Vaccination in the Punjab 1919-1929 - 1919-1929
Year: 1919
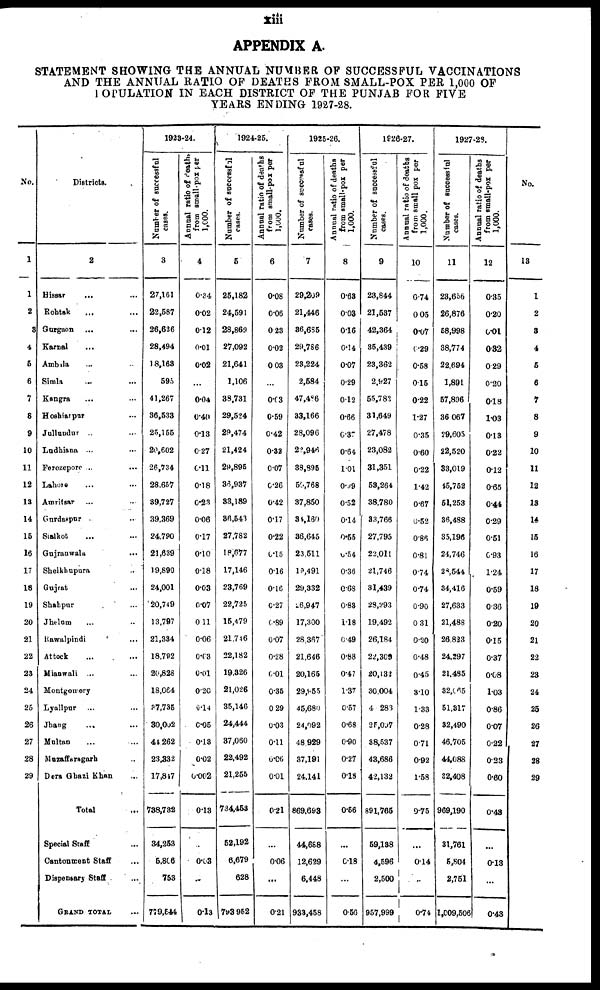
xiii
APPENDIX A.
STATEMENT SHOWING THE ANNUAL NUMBER OF SUCCESSFUL VACCINATIONS
AND THE ANNUAL RATIO OF DEATHS FROM SMALL-POX PER 1,000 OF
POPULATION IN EACH DISTRICT OF THE PUNJAB FOR FIVE
YEARS ENDING 1927-28.
No.
1
1
2
3
4
5
6
7
8
9
10
11
12
13
14
15
16
17
18
19
20
21
22
23
24
25
26
27
28
29
Districts.
2
Hissar
... ...
Rohtak ... ...
Gurgaon ... ...
Karnal ... ...
Ambala ... ...
Simla ... ...
Kangra ... ...
Hoshiarpur ...
Jullundur ... ...
Ludhiana ... ...
Ferozepore ... ...
Lahore
...
...
Amritsar ... ...
Gurdaspur ...
Sialkot ... ...
Gujranwala ...
Sheikhupura ...
Gujrat ...
Shahpur ...
Jhelum ... ...
Rawalpindi ...
Attock ... ...
Mianwali ... ...
Montgomery
Lyallpur ... ...
Jhang ... ...
Multan ... ...
Muzaffaragarh ...
Dera Ghazi Khan ...
Total ...
Special Staff ...
Cantonment Staff ...
Dispensary Staff ...
GRAND TOTAL ...
1923-24.
Number of successful
cases.
3
27,161
22,587
26,626
28,494
18,163
595
41,267
36,533
25,155
20,602
26,734
28,657
39,727
39,369
24,790
21,639
19,890
24,001
20,749
13,797
21,334
18,792
20,828
18,064
37,735
30,002
44,262
23,332
17,847
738,732
34,263
5,806
753
779,544
Annual ratio of deaths
from small-pox per
1,000.
4
0.34
0.02
0.12
0.01
0.02
...
0.04
0.40
0.13
0.27
0.11
0.18
0.23
0.06
0.17
0.10
0.18
0.03
0.07
0.11
0.06
0.03
0.01
0.20
0.14
0.05
0.13
0.02
0.002
0.13
...
0.03
...
0.13
1924-25.
Number of successful
cases.
5
25,182
24,591
28,869
27,092
21,641
1,106
38,731
29,524
29,474
21,424
29,895
36,937
33,189
36,543
27,782
18,677
17,146
23,769
22,725
15,479
21,746
22,182
19,326
21,026
35,146
24,444
37,060
22,492
21,255
734,453
52,192
6,679
628
793.952
Annual ratio of deaths
from small-pox per
1,000.
6
0.08
0.06
0.23
0.02
0.03
...
0.03
0.59
0.42
0.32
0.07
0.26
0.42
0.17
0.22
0.15
0.16
0.16
0.27
0.89
0.07
0.28
0.01
0.35
0.29
0.03
0.11
0.06
0.01
0.21
...
0.06
...
0.21
1925-26.
Number of successful
cases.
7
29,209
21,446
36,685
29,786
23,224
2,584
47,486
33,166
28,096
22,946
38,895
50,768
37,850
34,l60
36,645
23,511
19,491
29,332
26,947
17,300
28,367
21,646
20,165
29,955
45,680
24,092
48,929
37,191
24,141
869,693
44,688
12,629
6,448
933,458
Annual ratio of deaths
from small-pox per
1,000.
8
0.63
0.03
0.16
0.14
0.07
0.29
0.12
0.66
0.37
0.64
1.01
0.99
0.52
0.14
0.55
0.54
0.36
0.68
0.83
1.18
0.49
0.88
0.47
1.37
0.57
0.68
0.90
0.27
0.18
0.56
...
0.18
...
0.56
1926-27.
Number of successful
cases.
9
23,844
21,537
42,364
35,439
23,362
2,927
55,782
31,649
27,478
23,082
31,351
53,264
38,780
33,766
27,795
22,011
21,746
31,439
28,293
19,492
26,184
22,309
20,132
30,004
40,283
25,007
38,537
43,686
42,132
891,765
59,138
4,596
2,500
957,999
Annual ratio of deaths
from small pox per
1,000.
10
0.74
0.05
0.07
0.29
0.58
0.15
0.22
1.27
0.35
0.60
0.22
1.42
0.67
0.52
0.86
0.81
0.74
0.74
0.90
0.31
0.30
0.48
0.45
3.10
1.33
0.28
0.71
0.92
1.58
9.75
...
0.14
...
0.74
1927-28.
Number of successful
cases.
11
23,656
26,876
58,998
38,774
22,694
1,891
57,896
36,067
29,605
22,520
33,019
45,752
51,253
36,488
35,196
24,746
28,544
34,416
27,633
21,488
26,823
24,297
21,485
32,065
51,317
32,490
46,705
44,088
32,408
969,190
31,761
5,804
2,751
1,009,506
Annual ratio of deaths
from small-pox per
1,000.
12
0.35
0.20
0.01
0.32
0.29
0.20
0.18
1.03
0.13
0.22
0.12
0.65
0.44
0.29
0.51
0.93
1.24
0.59
0.36
0.20
0.15
0.37
0.08
1.03
0.86
0.07
0.22
0.23
0.60
0.43
...
0.13
...
0.43
No.
13
1
2
3
4
5
6
7
8
9
10
11
12
13
14
15
16
17
18
19
20
21
22
23
24
25
26
27
28
29